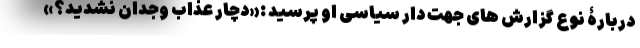
دربارۀ نوع گزارش های جهت دار سیاسی او پرسید :«دچار عذاب وجدان نشدید؟»